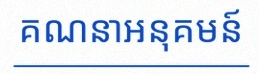
គណនាអនុគមន៍